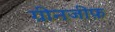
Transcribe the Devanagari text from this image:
ग्रीनजीफ़